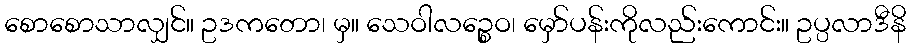
စောစောသာလျှင်။ ဥဒကတော၊ မှ။ သေဝါလဉ္စေဝ၊ မှော်ပန်းကိုလည်းကောင်း။ ဥပ္ပလာဒီနိ